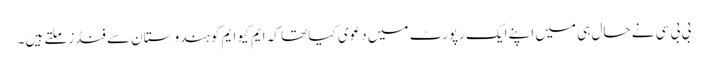
بی بی سی نے حال ہی میں اپنے ایک رپورٹ میں دعوی کیا تھا کہ ایم کیو ایم کو ہندوستان سے فنڈز ملتے ہیں۔